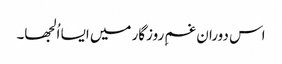
اس دوران غمِ روزگار میں ایسا اُلجھا۔